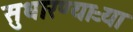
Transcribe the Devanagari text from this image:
सुधारण्याऱ्या